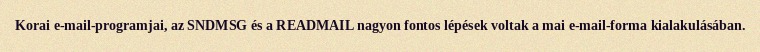
Korai e-mail-programjai, az SNDMSG és a READMAIL nagyon fontos lépések voltak a mai e-mail-forma kialakulásában.